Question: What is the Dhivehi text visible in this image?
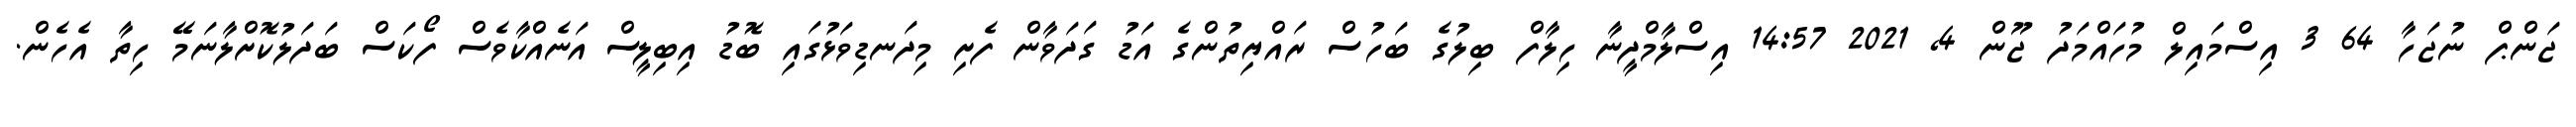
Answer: ޖަންޕް ނުޖަހާ 64 3 އިސްމައިލް މުހައްމަދު ޖޫން 4, 2021 14:57 އިސްލާމްދީނާ ހިލާފް ބިލުގެ ބަހުސް ރައްޔިތުންގެ އަޑު ގަދަވާން ފެށި މިދަނޑިވަޅުގައި ބޮޑު އިބިލީސް އަނެއްކާވެސް ފޯކަސް ބަދަލުކޮށްލާނަމޭ ހިތާ އެހެން.